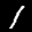
Label: 1